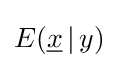
E({\underline {x}}\,|\,y)